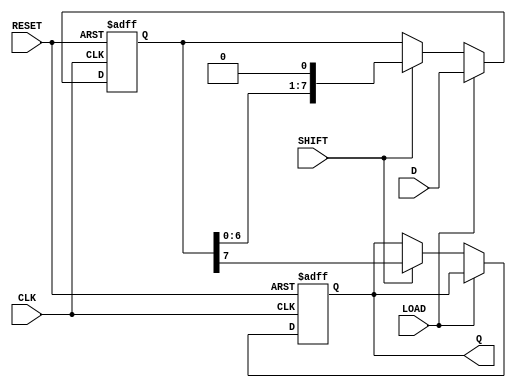
module PISO_Register #(
    parameter WIDTH = 8  // Parameter for the width of the parallel input
)(
    input wire [WIDTH-1:0] D,     // Parallel data input
    input wire LOAD,               // Load control signal
    input wire SHIFT,              // Shift control signal
    input wire CLK,                // Clock signal
    input wire RESET,              // Reset signal
    output reg Q                  // Serial output
);

    reg [WIDTH-1:0] shift_reg;     // Internal shift register

    always @(posedge CLK or posedge RESET) begin
        if (RESET) begin
            shift_reg <= {WIDTH{1'b0}}; // Clear the shift register
            Q <= 1'b0;                 // Clear the serial output
        end else begin
            if (LOAD) begin
                shift_reg <= D;         // Load parallel data into the shift register
            end else if (SHIFT) begin
                Q <= shift_reg[WIDTH-1]; // Shift out the MSB
                shift_reg <= {shift_reg[WIDTH-2:0], 1'b0}; // Shift left
            end
        end
    end

endmodule